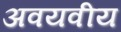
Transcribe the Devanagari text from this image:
अवयवीय